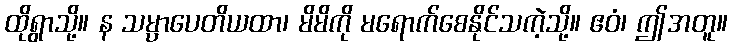
ထိုရွာသို့။ န သမ္ပာပေတိယထာ၊ မိမိကို မရောက်စေနိုင်သကဲ့သို့။ ဧဝံ၊ ဤအတူ။